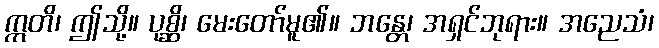
ဣတိ၊ ဤသို့။ ပုစ္ဆိ၊ မေးတော်မူ၏။ ဘန္တေ၊ အရှင်ဘုရား။ အညေသံ၊